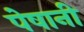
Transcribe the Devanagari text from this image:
पेषानी